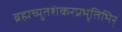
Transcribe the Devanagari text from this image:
ब्रह्मच्युतशंकरप्रभृतिभिर्‌